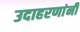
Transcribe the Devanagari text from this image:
उदाहरणांनी